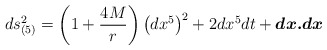
\begin{align*}ds_{(5)}^2 = \left(1+{4M\over r}\right)\left(dx^5\right)^2 + 2dx^5dt +\mbox{\boldmath$dx.dx$}\end{align*}